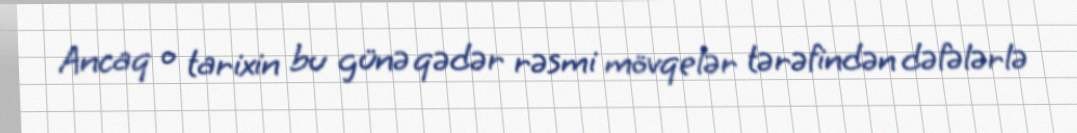
Ancaq o tarixin bu günə qədər rəsmi mövqelər tərəfindən dəfələrlə